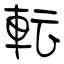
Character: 転